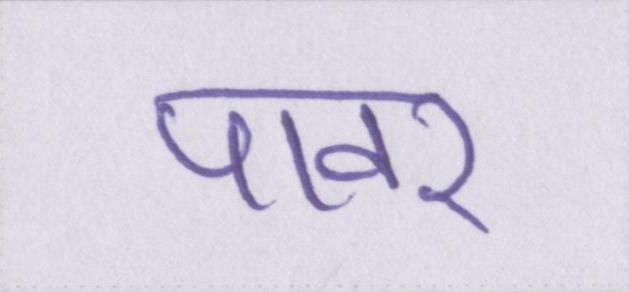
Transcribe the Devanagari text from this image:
पावर